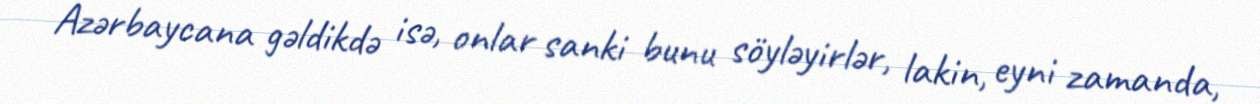
Azərbaycana gəldikdə isə, onlar sanki bunu söyləyirlər, lakin, eyni zamanda,